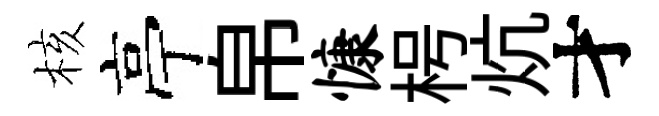
核亭帛慷枵炕才